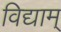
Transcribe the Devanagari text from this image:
विद्याम्